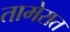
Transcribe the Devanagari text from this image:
तामेरात